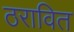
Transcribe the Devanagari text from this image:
ठरावित